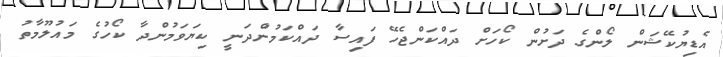
އެޑިޔުކޭޝަން ލޯންގެ ދަށުން ކޯހަށް ދައްކަންޖެހޭ ފައިސާ ދައްކަމުންދަނީ ކިޔަވަމުންދާ ކޯހުގެ މައުލޫމާތު